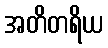
အတိတရိယ